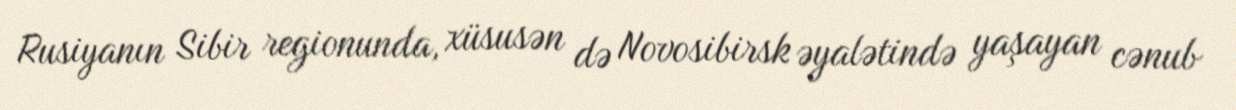
Rusiyanın Sibir regionunda, xüsusən də Novosibirsk əyalətində yaşayan cənub